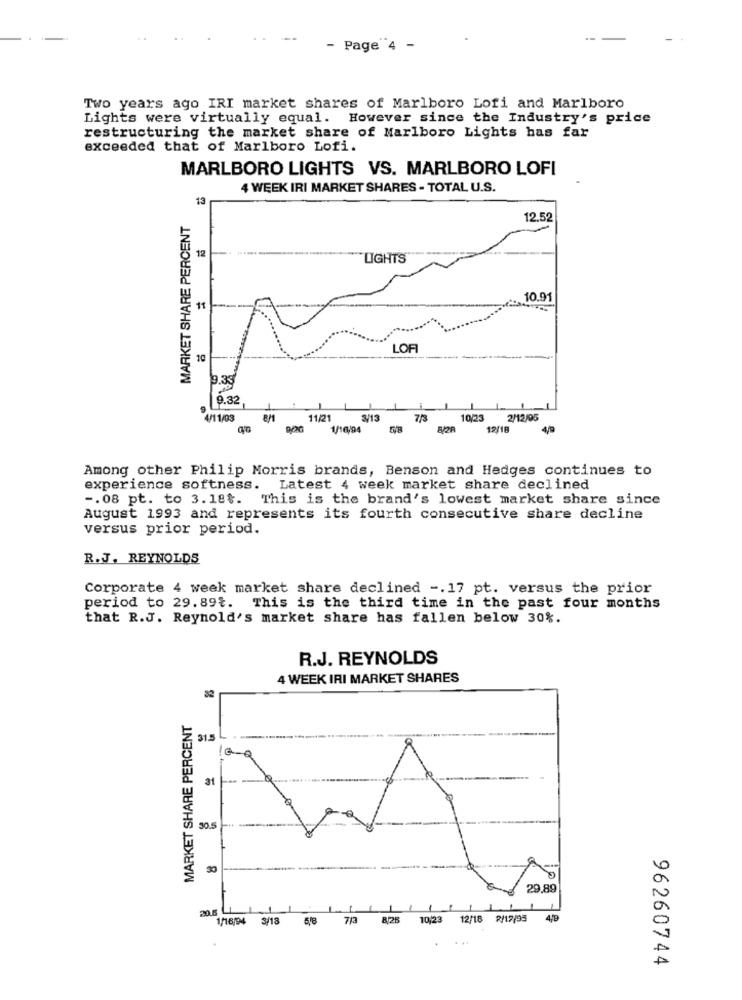
Page 4 -
Two years ago IRI market shares of Marlboro Lofi and Marlboro
Lights were virtually equal. However since the Industry's price
restructuring the market share of Marlboro Lights has far
exceeded that of Marlboro Lofi.
MARLBORO LIGHTS VS. MARLBORO LOFI
4 WEEK IRI MARKET SHARES - TOTAL U.S.
13
MARKET SHARE PERCENT
12.52
12
LIGHTS
10.91
11
LOF
10
19.33
9.32
4/11/03
11/21
3/13
10/23
2/12/05
920
1/16,94
8/2R
12/16
4/9
Among other Philip Morris brands, Benson and Hedges continues to
experience softness. Latest 4 week market share declined
-. 08 pt. to 3.18$. This is the brand's lowest market share since
August 1993 and represents its fourth consecutive share decline
versus prior period.
R.J. REYNOLDS
Corporate 4 week market share declined -. 17 pt. versus the prior
period to 29.89t. This is the third time in the past four months
that R.J. Reynold's market share has fallen below 30%.
R.J. REYNOLDS
4 WEEK IRI MARKET SHARES
82
MARKET SHARE PERCENT
31.
31
30.5
30
29,89
20.5
1/16/94 3/18 5/8 7/3 8/26
10/23
12/18 2/12/95 4/9
96260744